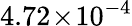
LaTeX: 4.72\! \times\! 10^{-4}